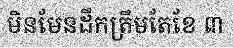
មិនមែនដឹកត្រឹមតែខែ ៣